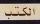
الكثب